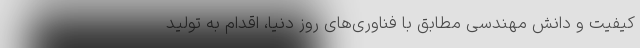
کیفیت و دانش مهندسیِ مطابق با فناوری‌های روز دنیا، اقدام به تولید